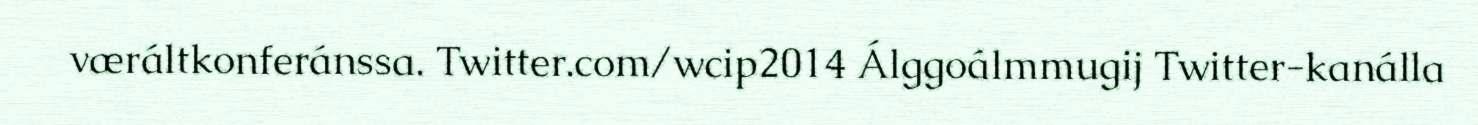
væráltkonferánssa. Twitter.com/wcip2014 Álggoálmmugij Twitter-kanálla